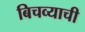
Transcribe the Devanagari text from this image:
बिचव्याची